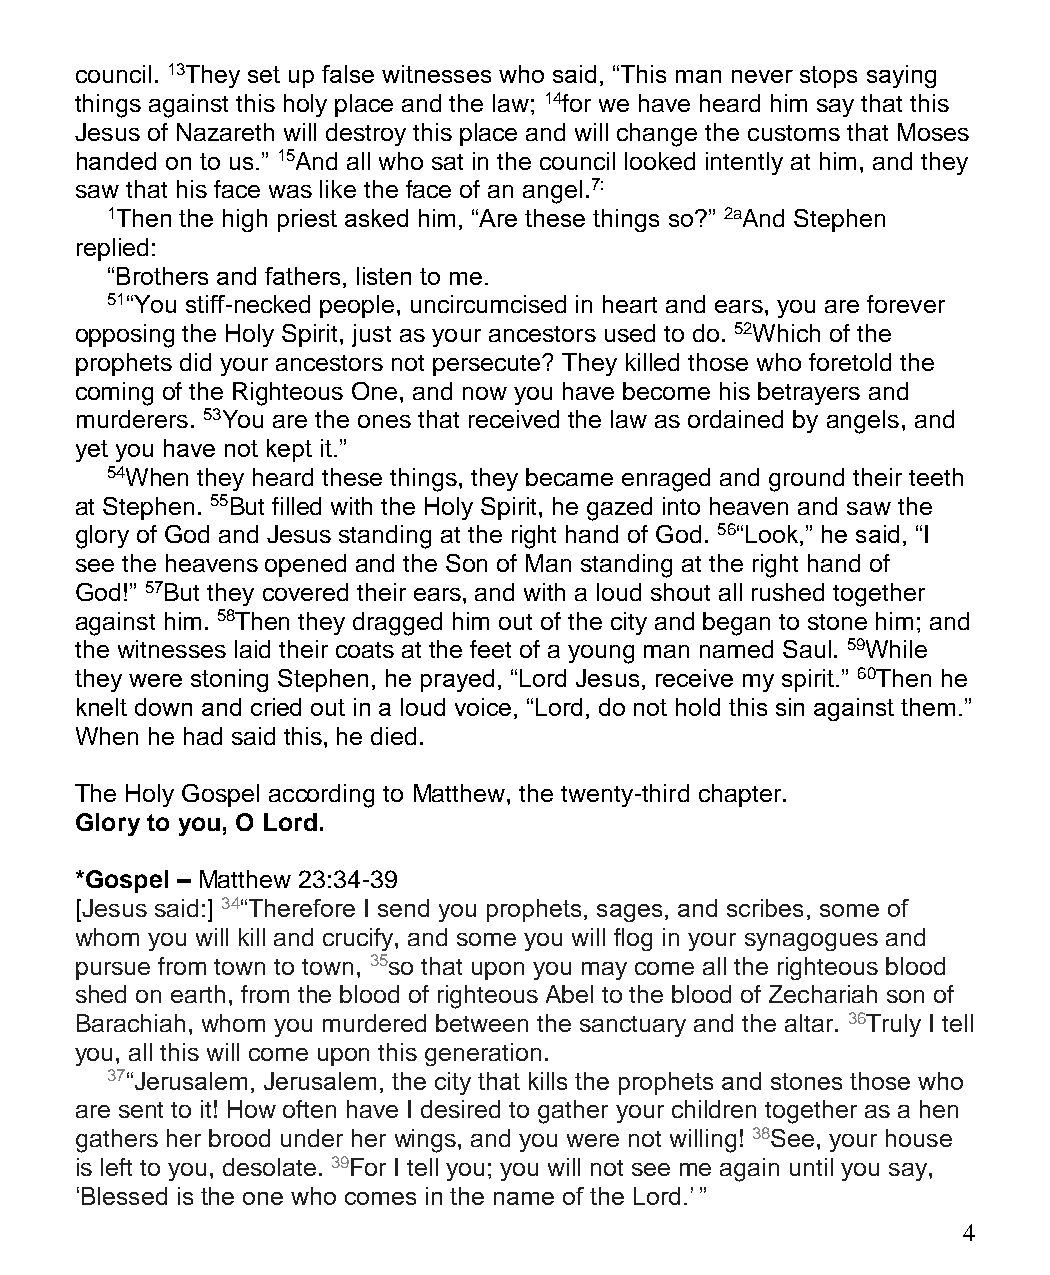
council. 13They set up false witnesses who said, “This man never stops saying
 things against this holy place and the law; 14for we have heard him say that this
 Jesus of Nazareth will destroy this place and will change the customs that Moses
 handed on to us.” 15And all who sat in the council looked intently at him, and they
 saw that his face was like the face of an angel.7:
 1Then the high priest asked him, “Are these things so?” 2aAnd Stephen
 replied:
 “Brothers and fathers, listen to me.
 51“You stiff-necked people, uncircumcised in heart and ears, you are forever
 opposing the Holy Spirit, just as your ancestors used to do. 52Which of the
 prophets did your ancestors not persecute? They killed those who foretold the
 coming of the Righteous One, and now you have become his betrayers and
 murderers. 53You are the ones that received the law as ordained by angels, and
 yet you have not kept it.”
 54When they heard these things, they became enraged and ground their teeth
 at Stephen. 55But filled with the Holy Spirit, he gazed into heaven and saw the
 glory of God and Jesus standing at the right hand of God. 56“Look,” he said, “I
 see the heavens opened and the Son of Man standing at the right hand of
 God!” 57But they covered their ears, and with a loud shout all rushed together
 against him. 58Then they dragged him out of the city and began to stone him; and
 the witnesses laid their coats at the feet of a young man named Saul. 59While
 they were stoning Stephen, he prayed, “Lord Jesus, receive my spirit.” 60Then he
 knelt down and cried out in a loud voice, “Lord, do not hold this sin against them.”
 When he had said this, he died.
 The Holy Gospel according to Matthew, the twenty-third chapter.
 Glory to you, O Lord.
 *Gospel – Matthew 23:34-39
 [Jesus said:] 34“Therefore I send you prophets, sages, and scribes, some of
 whom you will kill and crucify, and some you will flog in your synagogues and
 pursue from town to town, 35so that upon you may come all the righteous blood
 shed on earth, from the blood of righteous Abel to the blood of Zechariah son of
 Barachiah, whom you murdered between the sanctuary and the altar. 36Truly I tell
 you, all this will come upon this generation.
 37“Jerusalem, Jerusalem, the city that kills the prophets and stones those who
 are sent to it! How often have I desired to gather your children together as a hen
 gathers her brood under her wings, and you were not willing! 38See, your house
 is left to you, desolate. 39For I tell you; you will not see me again until you say,
 ‘Blessed is the one who comes in the name of the Lord.’ ”
 4